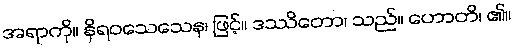
အရာကို။ နိရဝသေသေန၊ ဖြင့်။ ဒဿိတော၊ သည်။ ဟောတိ၊ ၏။